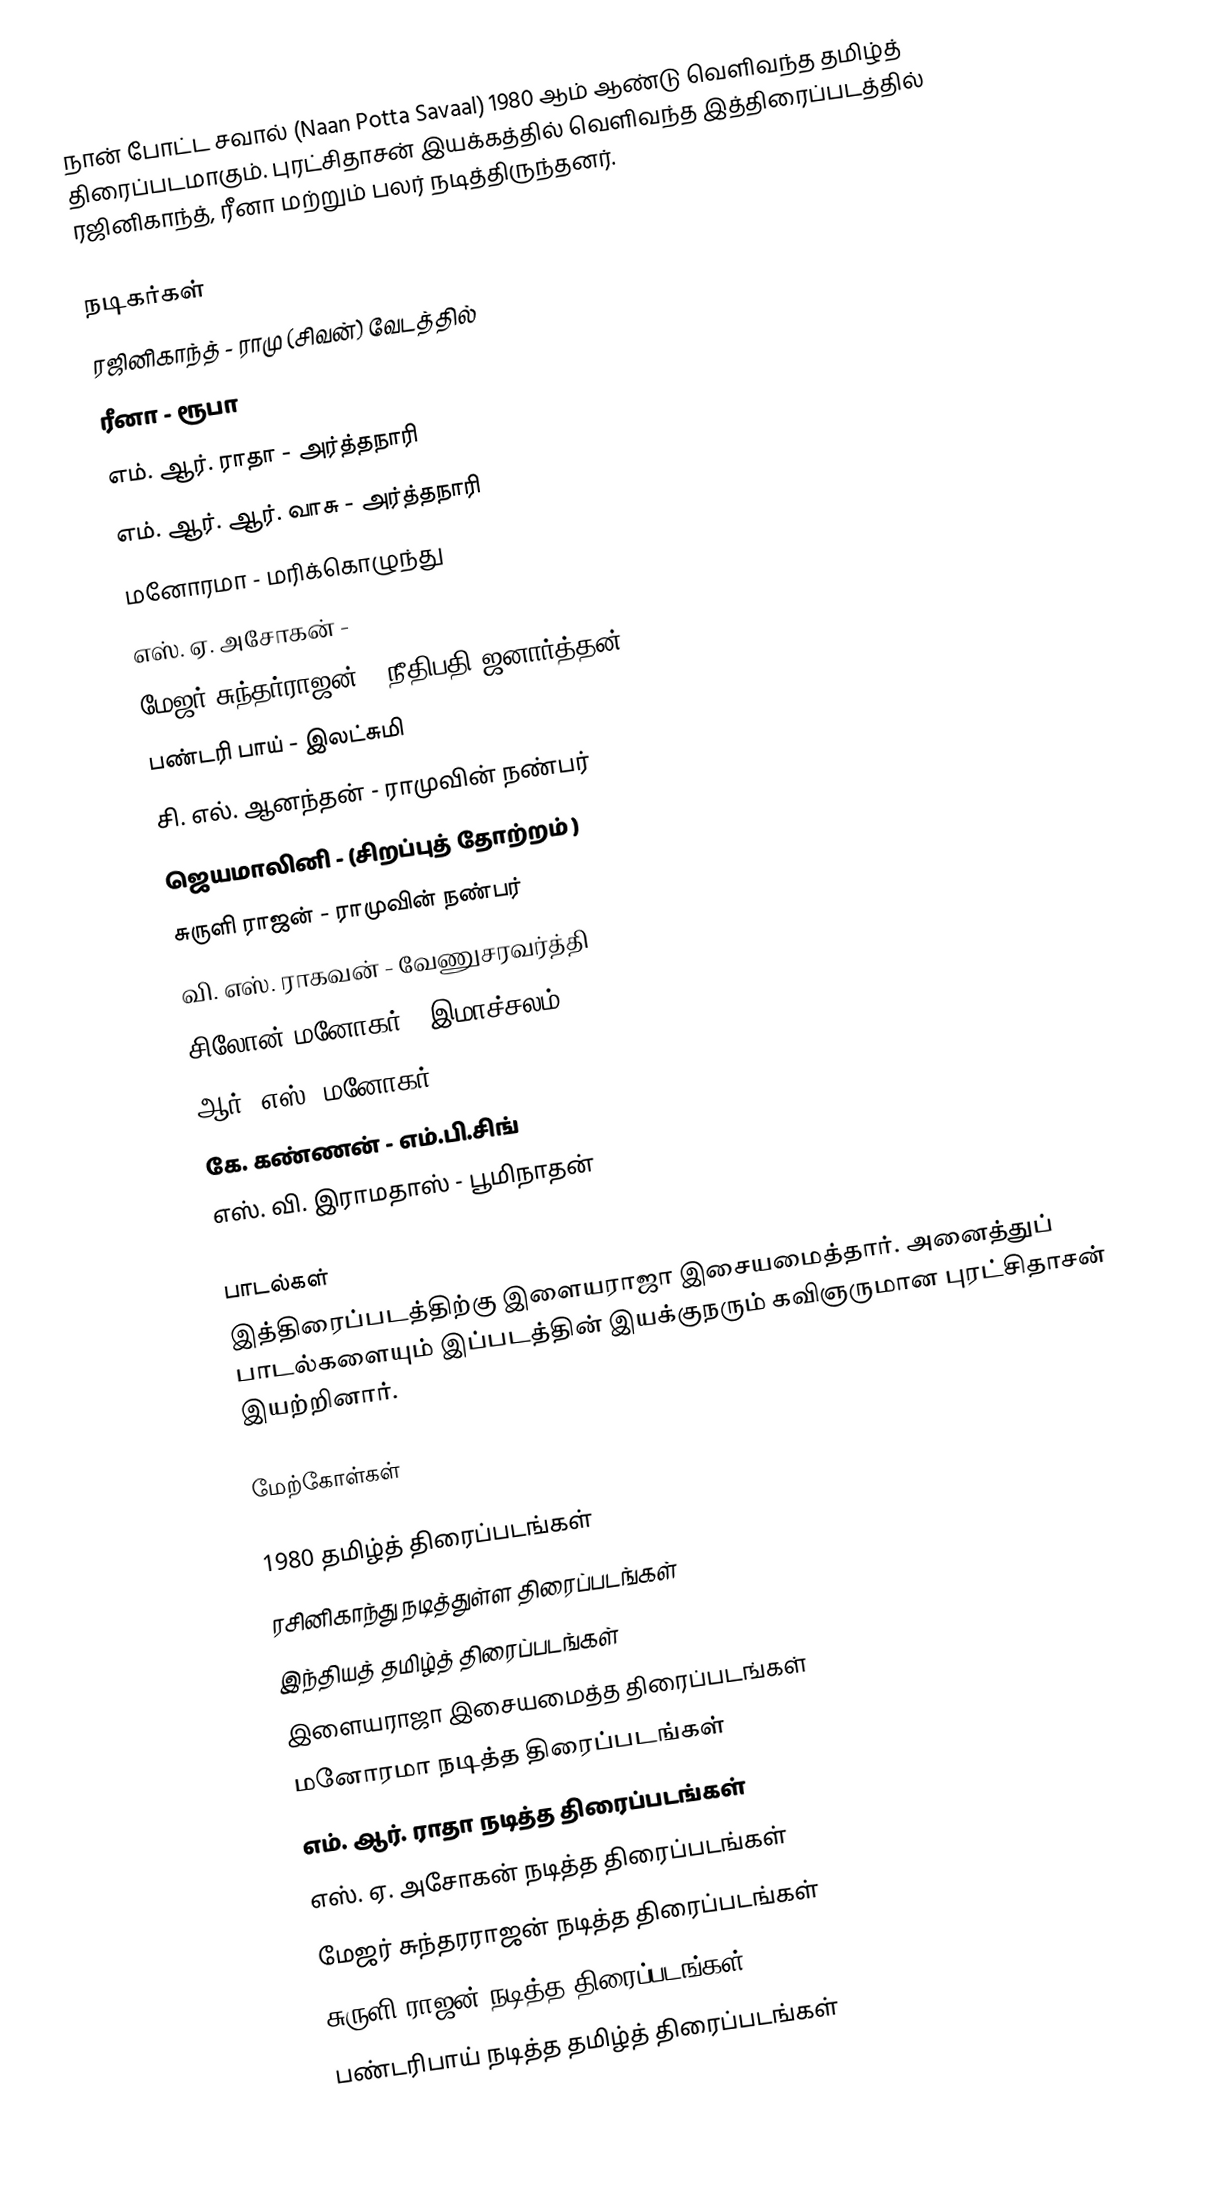
நான் போட்ட சவால் (Naan Potta Savaal) 1980 ஆம் ஆண்டு வெளிவந்த தமிழ்த் திரைப்படமாகும். புரட்சிதாசன் இயக்கத்தில் வெளிவந்த இத்திரைப்படத்தில் ரஜினிகாந்த்,  ரீனா மற்றும் பலர் நடித்திருந்தனர்.

நடிகர்கள்
 ரஜினிகாந்த் - ராமு (சிவன்) வேடத்தில்
 ரீனா - ரூபா
 எம். ஆர். ராதா - அர்த்தநாரி
 எம். ஆர். ஆர். வாசு - அர்த்தநாரி
 மனோரமா - மரிக்கொழுந்து
 எஸ். ஏ. அசோகன் -
 மேஜர் சுந்தர்ராஜன் - நீதிபதி ஜனார்த்தன்
 பண்டரி பாய் - இலட்சுமி
 சி. எல். ஆனந்தன் - ராமுவின் நண்பர்
 ஜெயமாலினி - (சிறப்புத் தோற்றம் )
 சுருளி ராஜன் - ராமுவின் நண்பர்
 வி. எஸ். ராகவன் - வேணுசரவர்த்தி
 சிலோன் மனோகர் - இமாச்சலம்
 ஆர். எஸ். மனோகர் -
 கே. கண்ணன் - எம்.பி.சிங்
 எஸ். வி. இராமதாஸ் - பூமிநாதன்

பாடல்கள்
இத்திரைப்படத்திற்கு இளையராஜா இசையமைத்தார். அனைத்துப் பாடல்களையும் இப்படத்தின் இயக்குநரும் கவிஞருமான புரட்சிதாசன் இயற்றினார்.

மேற்கோள்கள்

1980 தமிழ்த் திரைப்படங்கள்
ரசினிகாந்து நடித்துள்ள திரைப்படங்கள்
இந்தியத் தமிழ்த் திரைப்படங்கள்
இளையராஜா இசையமைத்த திரைப்படங்கள்
மனோரமா நடித்த திரைப்படங்கள்
எம். ஆர். ராதா நடித்த திரைப்படங்கள்
எஸ். ஏ. அசோகன் நடித்த திரைப்படங்கள்
மேஜர் சுந்தரராஜன் நடித்த திரைப்படங்கள்
சுருளி ராஜன் நடித்த திரைப்படங்கள்
பண்டரிபாய் நடித்த தமிழ்த் திரைப்படங்கள்